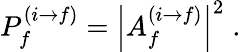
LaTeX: P_{f}^{(i\rightarrow f)}=\left|A_{f}^{(i\rightarrow f)}\right|^{2}\; .